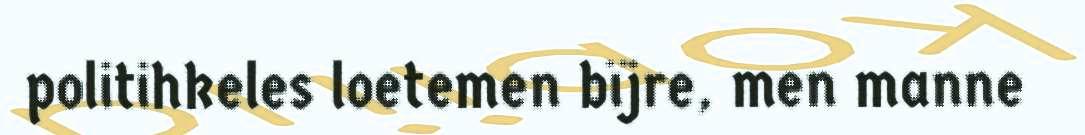
politihkeles loetemen bïjre, men manne